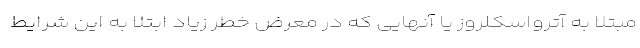
مبتلا به آترواسکلروز یا آنهایی که در معرض خطر زیاد ابتلا به این شرایط